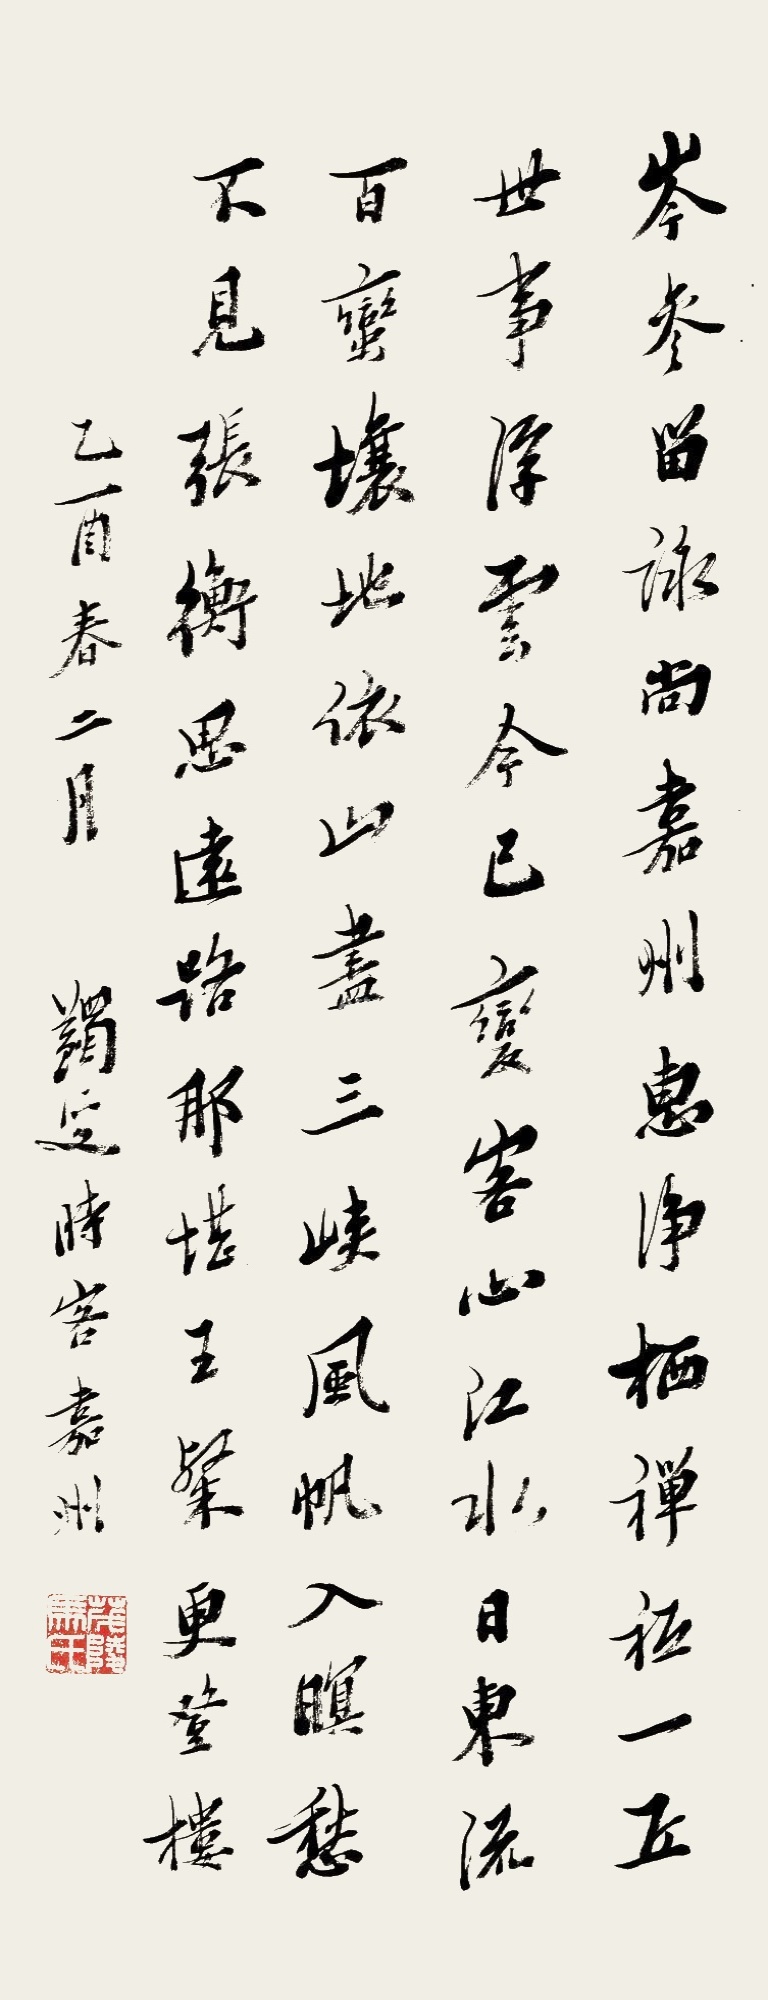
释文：岑参留咏尚嘉州，惠净栖禅祗一丘。世事浮云今已变，客心江水日东流。百蛮让地依山尽，三峡风帆入暝愁。不见张衡思远路，那堪王粲更登楼。乙酉春二月，蠲叟时客嘉州。